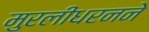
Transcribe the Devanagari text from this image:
मुरलीधरनने